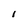
Character: 1